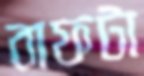
বাফটা